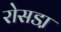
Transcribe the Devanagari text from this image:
रोसडा़